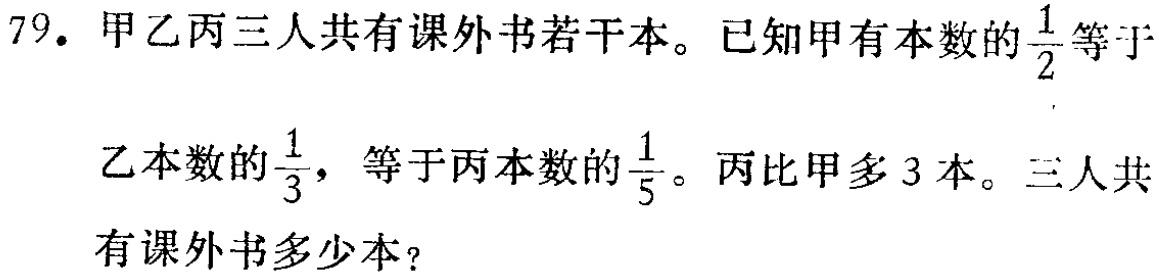
79. 甲乙丙三人共有课外书若干本。已知甲有本数的$\frac{1}{2}$等于乙本数的$\frac{1}{3}$，等于丙本数的$\frac{1}{5}$。丙比甲多3本。三人共有课外书多少本？